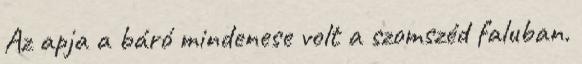
Az apja a báró mindenese volt a szomszéd faluban.